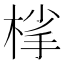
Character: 𪲦